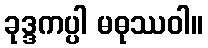
ခုဒ္ဒကပ္ပါ မဓုဿဝါ။